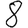
Digit: 8